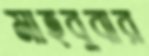
মাহবুবার